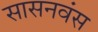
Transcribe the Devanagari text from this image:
सासनवंस